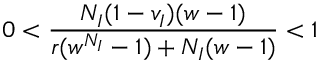
0 < \frac { N _ { I } ( 1 - v _ { I } ) ( w - 1 ) } { r ( w ^ { N _ { I } } - 1 ) + N _ { I } ( w - 1 ) } < 1